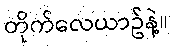
တိုက်လေယာဥ်နဲ့။